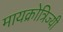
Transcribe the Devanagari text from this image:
मायक्रोत्रिज्यी